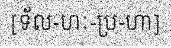
[ទ័ល-ហៈ-ប្រ-ហា]